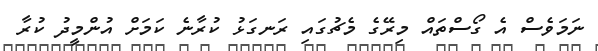
ނަމަވެސް އެ ގޯސްތައް މިރޭގެ މެޗުގައި ރަނގަޅު ކުރާނެ ކަމަށް އުންމީދު ކުރާ